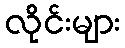
လိုင်းများ